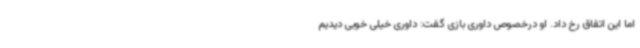
اما این اتفاق رخ داد. او درخصوص داوری بازی گفت: داوری خیلی خوبی دیدیم